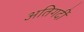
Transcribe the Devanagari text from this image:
अतिगर्दी